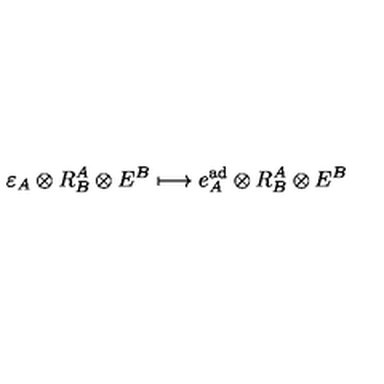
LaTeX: \varepsilon _ { A } \otimes R _ { B } ^ { A } \otimes E ^ { B } \longmapsto e _ { A } ^ { \mathrm { a d } } \otimes R _ { B } ^ { A } \otimes E ^ { B }